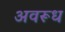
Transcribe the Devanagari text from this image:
अवरूध